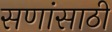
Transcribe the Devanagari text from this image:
सणांसाठी